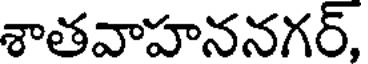
శాతవాహననగర్,